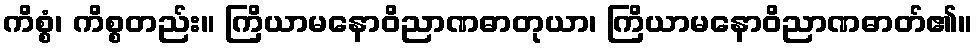
ကိစ္စံ၊ ကိစ္စတည်း။ ကြိယာမနောဝိညာဏဓာတုယာ၊ ကြိယာမနောဝိညာဏဓာတ်၏။